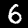
Label: 6